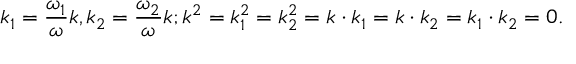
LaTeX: k _ { 1 } = { \frac { \omega _ { 1 } } { \omega } } k , k _ { 2 } = { \frac { \omega _ { 2 } } { \omega } } k ; k ^ { 2 } = k _ { 1 } ^ { 2 } = k _ { 2 } ^ { 2 } = k \cdot k _ { 1 } = k \cdot k _ { 2 } = k _ { 1 } \cdot k _ { 2 } = 0 .